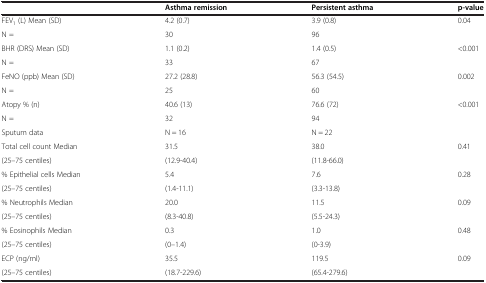
<table><thead><tr><td></td><td><b>Asthma remission</b></td><td><b>Persistent asthma</b></td><td><b>p-value</b></td></tr></thead><tbody><tr><td>FEV<sub>1</sub> (L) Mean (SD)</td><td>4.2 (0.7)</td><td>3.9 (0.8)</td><td rowspan="2">0.04</td></tr><tr><td>N =</td><td>30</td><td>96</td></tr><tr><td>BHR (DRS) Mean (SD)</td><td>1.1 (0.2)</td><td>1.4 (0.5)</td><td rowspan="2">&lt;0.001</td></tr><tr><td>N =</td><td>33</td><td>67</td></tr><tr><td>FeNO (ppb) Mean (SD)</td><td>27.2 (28.8)</td><td>56.3 (54.5)</td><td rowspan="2">0.002</td></tr><tr><td>N =</td><td>25</td><td>60</td></tr><tr><td>Atopy % (n)</td><td>40.6 (13)</td><td>76.6 (72)</td><td rowspan="2">&lt;0.001</td></tr><tr><td>N =</td><td>32</td><td>94</td></tr><tr><td>Sputum data</td><td>N = 16</td><td>N = 22</td><td></td></tr><tr><td>Total cell count Median</td><td>31.5</td><td>38.0</td><td rowspan="2">0.41</td></tr><tr><td>(25–75 centiles)</td><td>(12.9-40.4)</td><td>(11.8-66.0)</td></tr><tr><td>% Epithelial cells Median</td><td>5.4</td><td>7.6</td><td rowspan="2">0.28</td></tr><tr><td>(25–75 centiles)</td><td>(1.4-11.1)</td><td>(3.3-13.8)</td></tr><tr><td>% Neutrophils Median</td><td>20.0</td><td>11.5</td><td rowspan="2">0.09</td></tr><tr><td>(25–75 centiles)</td><td>(8.3-40.8)</td><td>(5.5-24.3)</td></tr><tr><td>% Eosinophils Median</td><td>0.3</td><td>1.0</td><td rowspan="2">0.48</td></tr><tr><td>(25–75 centiles)</td><td>(0–1.4)</td><td>(0-3.9)</td></tr><tr><td>ECP (ng/ml)</td><td>35.5</td><td>119.5</td><td rowspan="2">0.09</td></tr><tr><td>(25–75 centiles)</td><td>(18.7-229.6)</td><td>(65.4-279.6)</td></tr></tbody></table>